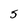
Character: 5